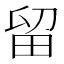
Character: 留